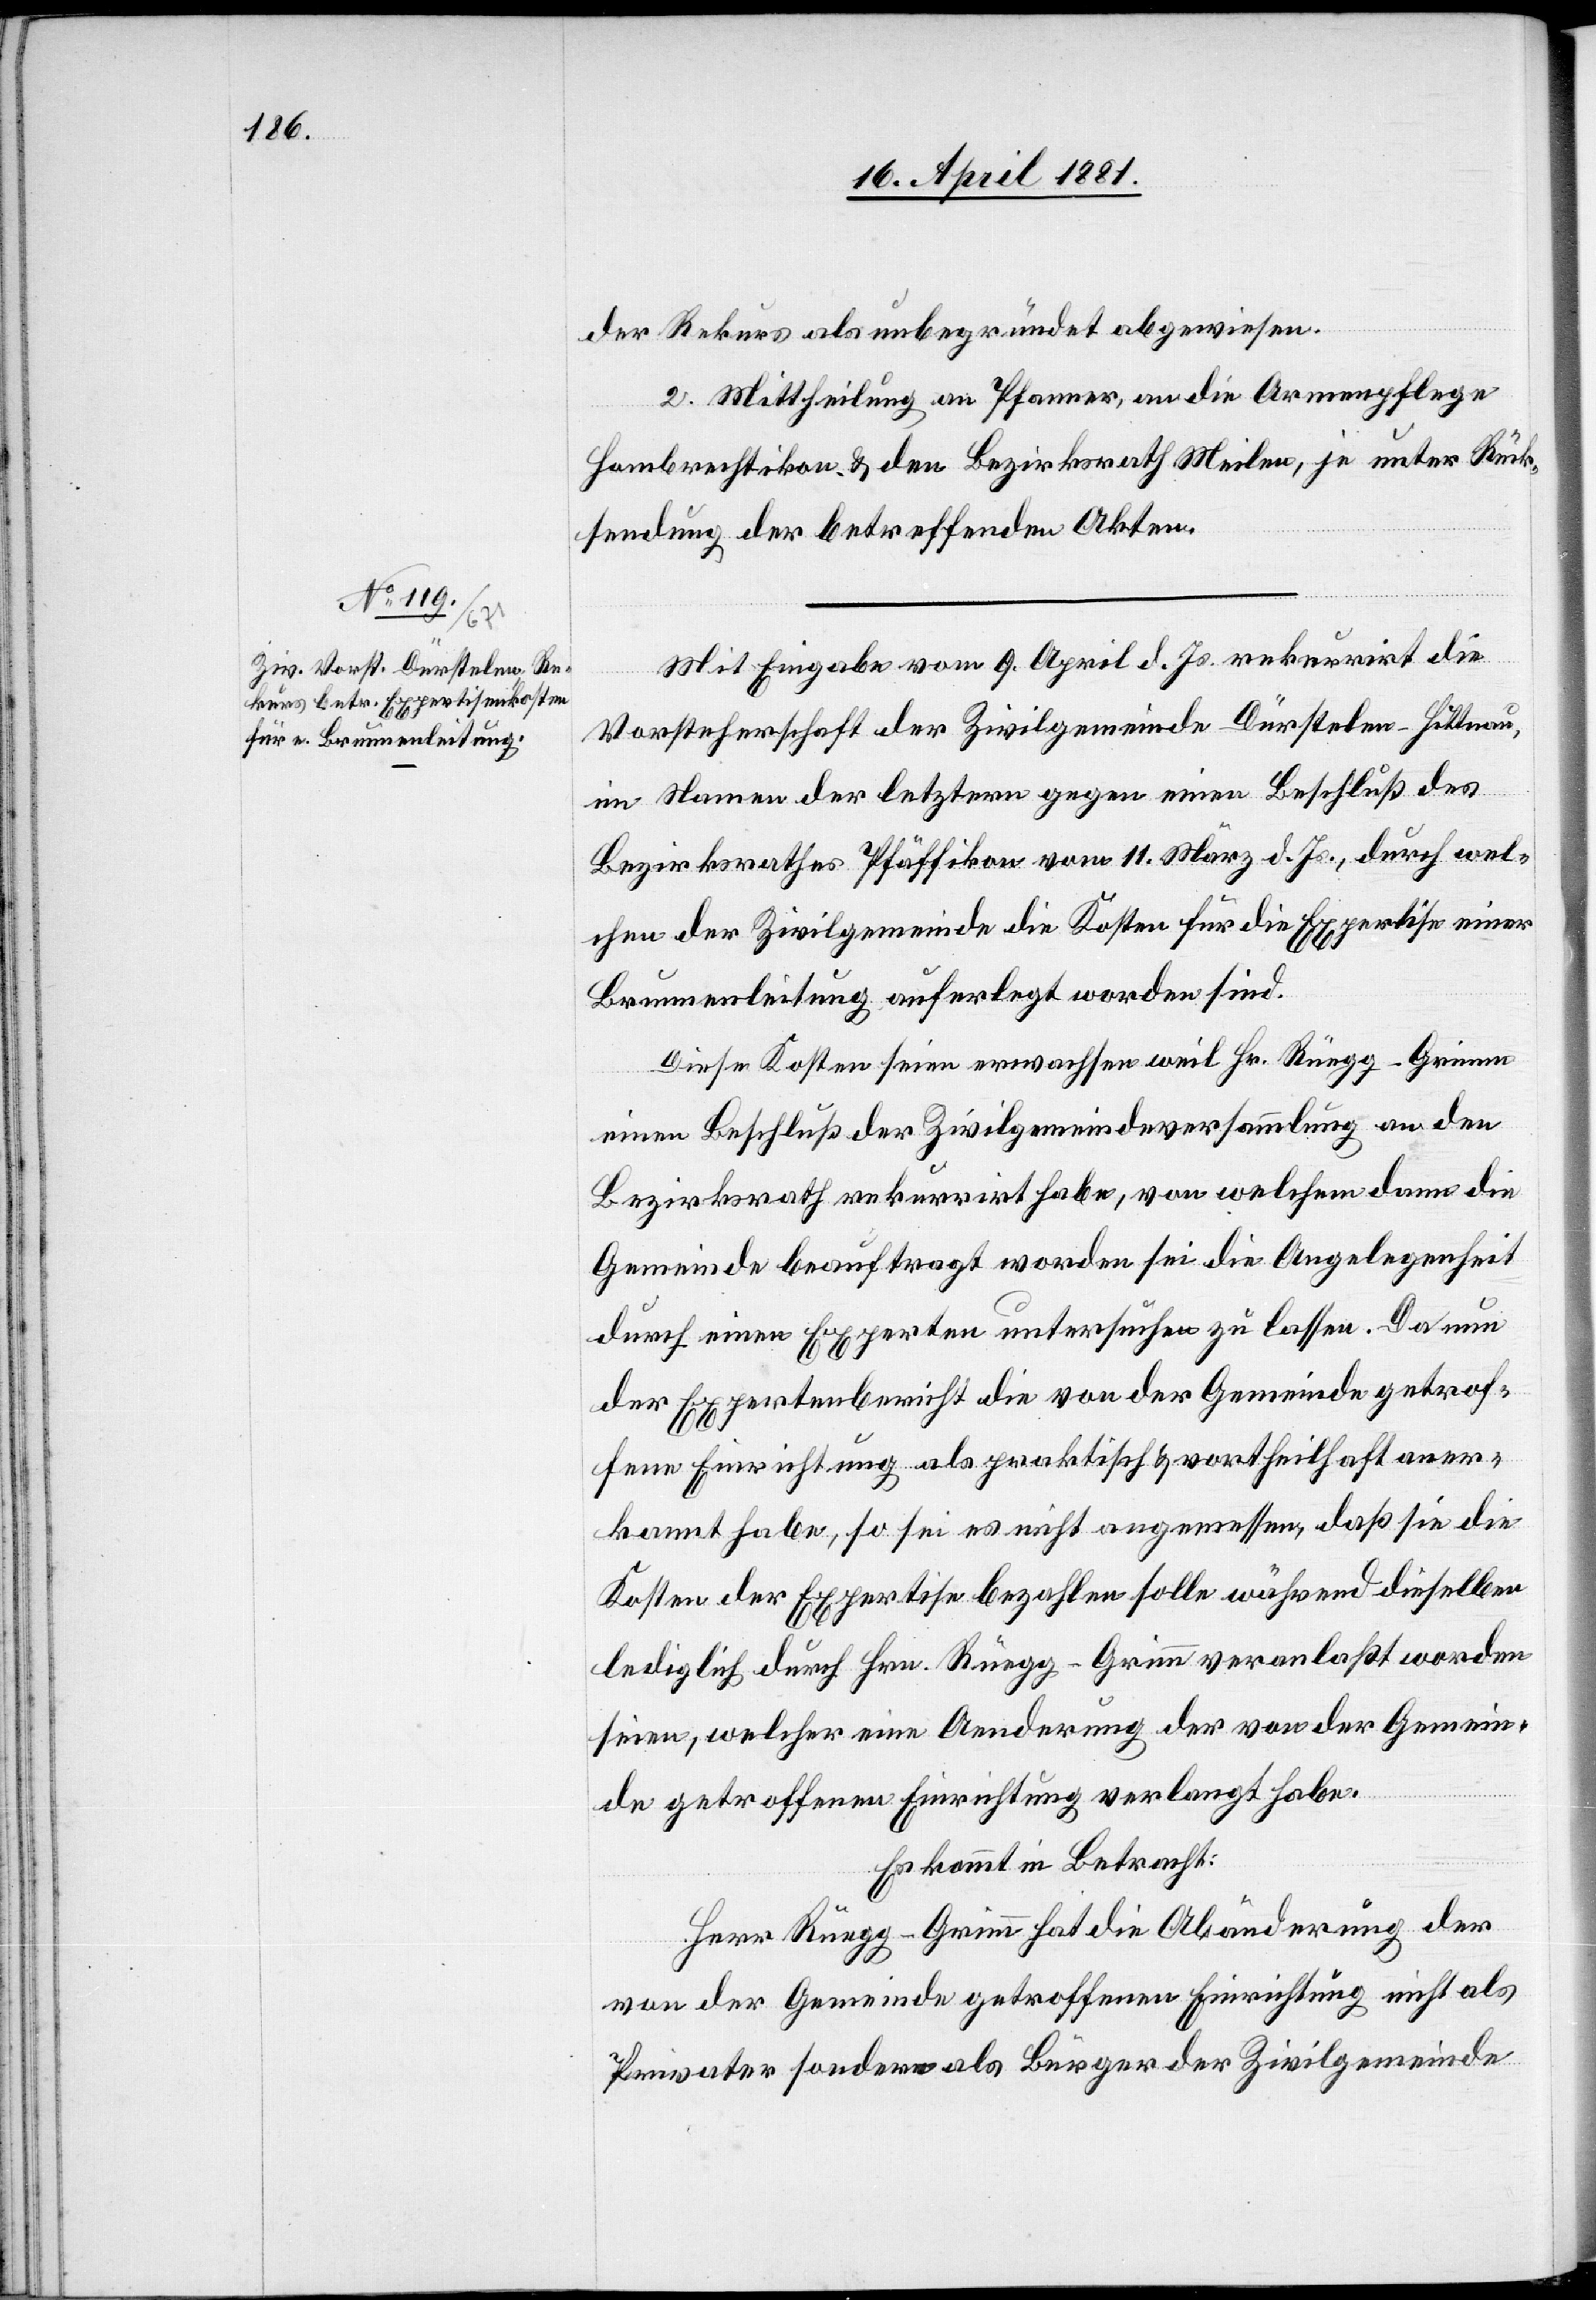
der Rekurs als unbegründet abgewiesen.
2. Mittheilung an Pfanner, an die Armenpflege
Hombrechtikon & den Bezirksrath Meilen, je unter Rück¬
sendung der betreffenden Akten.
Mit Eingabe vom 9. April d. Js. rekurrirt die
Vorsteherschaft der Zivilgemeinde Dürstelen - Hittnau,
im Namen der letzern gegen einen Beschluß des
Bezirksrathes Pfäffikon vom 11. März d. Js., durch wel¬
chen der Zivilgemeinde die Kosten für die Expertise einer
Brunnenleitung auferlegt worden sind.
Diese Kosten seien erwachsen weil Hr. Rüegg-Grimm
einen Beschluß der Zivilgemeindeversammlung an den
Bezirksrath rekurrirt habe, von welchem dann die
Gemeinde beauftragt worden sei die Angelegenheit
durch einen Experten untersuchen zu lassen. Da nun
der Expertenbericht die von der Gemeinde getrof¬
fene Einrichtung als praktisch & vortheilhaft aner¬
kannt habe, so sei es nicht angemessen, daß sie die
Kosten der Expertise bezahlen solle während dieselben
lediglich durch Hrn. Rüegg-Grimm veranlaßt worden
seien, welcher eine Aenderung der von der Gemein¬
de getroffenen Einrichtung verlangt habe.
Es kommt in Betracht:
Herr Rüegg-Grimm hat die Abänderung der
von der Gemeinde getroffenen Einrichtung nicht als
Privater sondern als Bürger der Zivilgemeinde